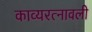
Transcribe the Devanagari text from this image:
काव्यरत्नावली